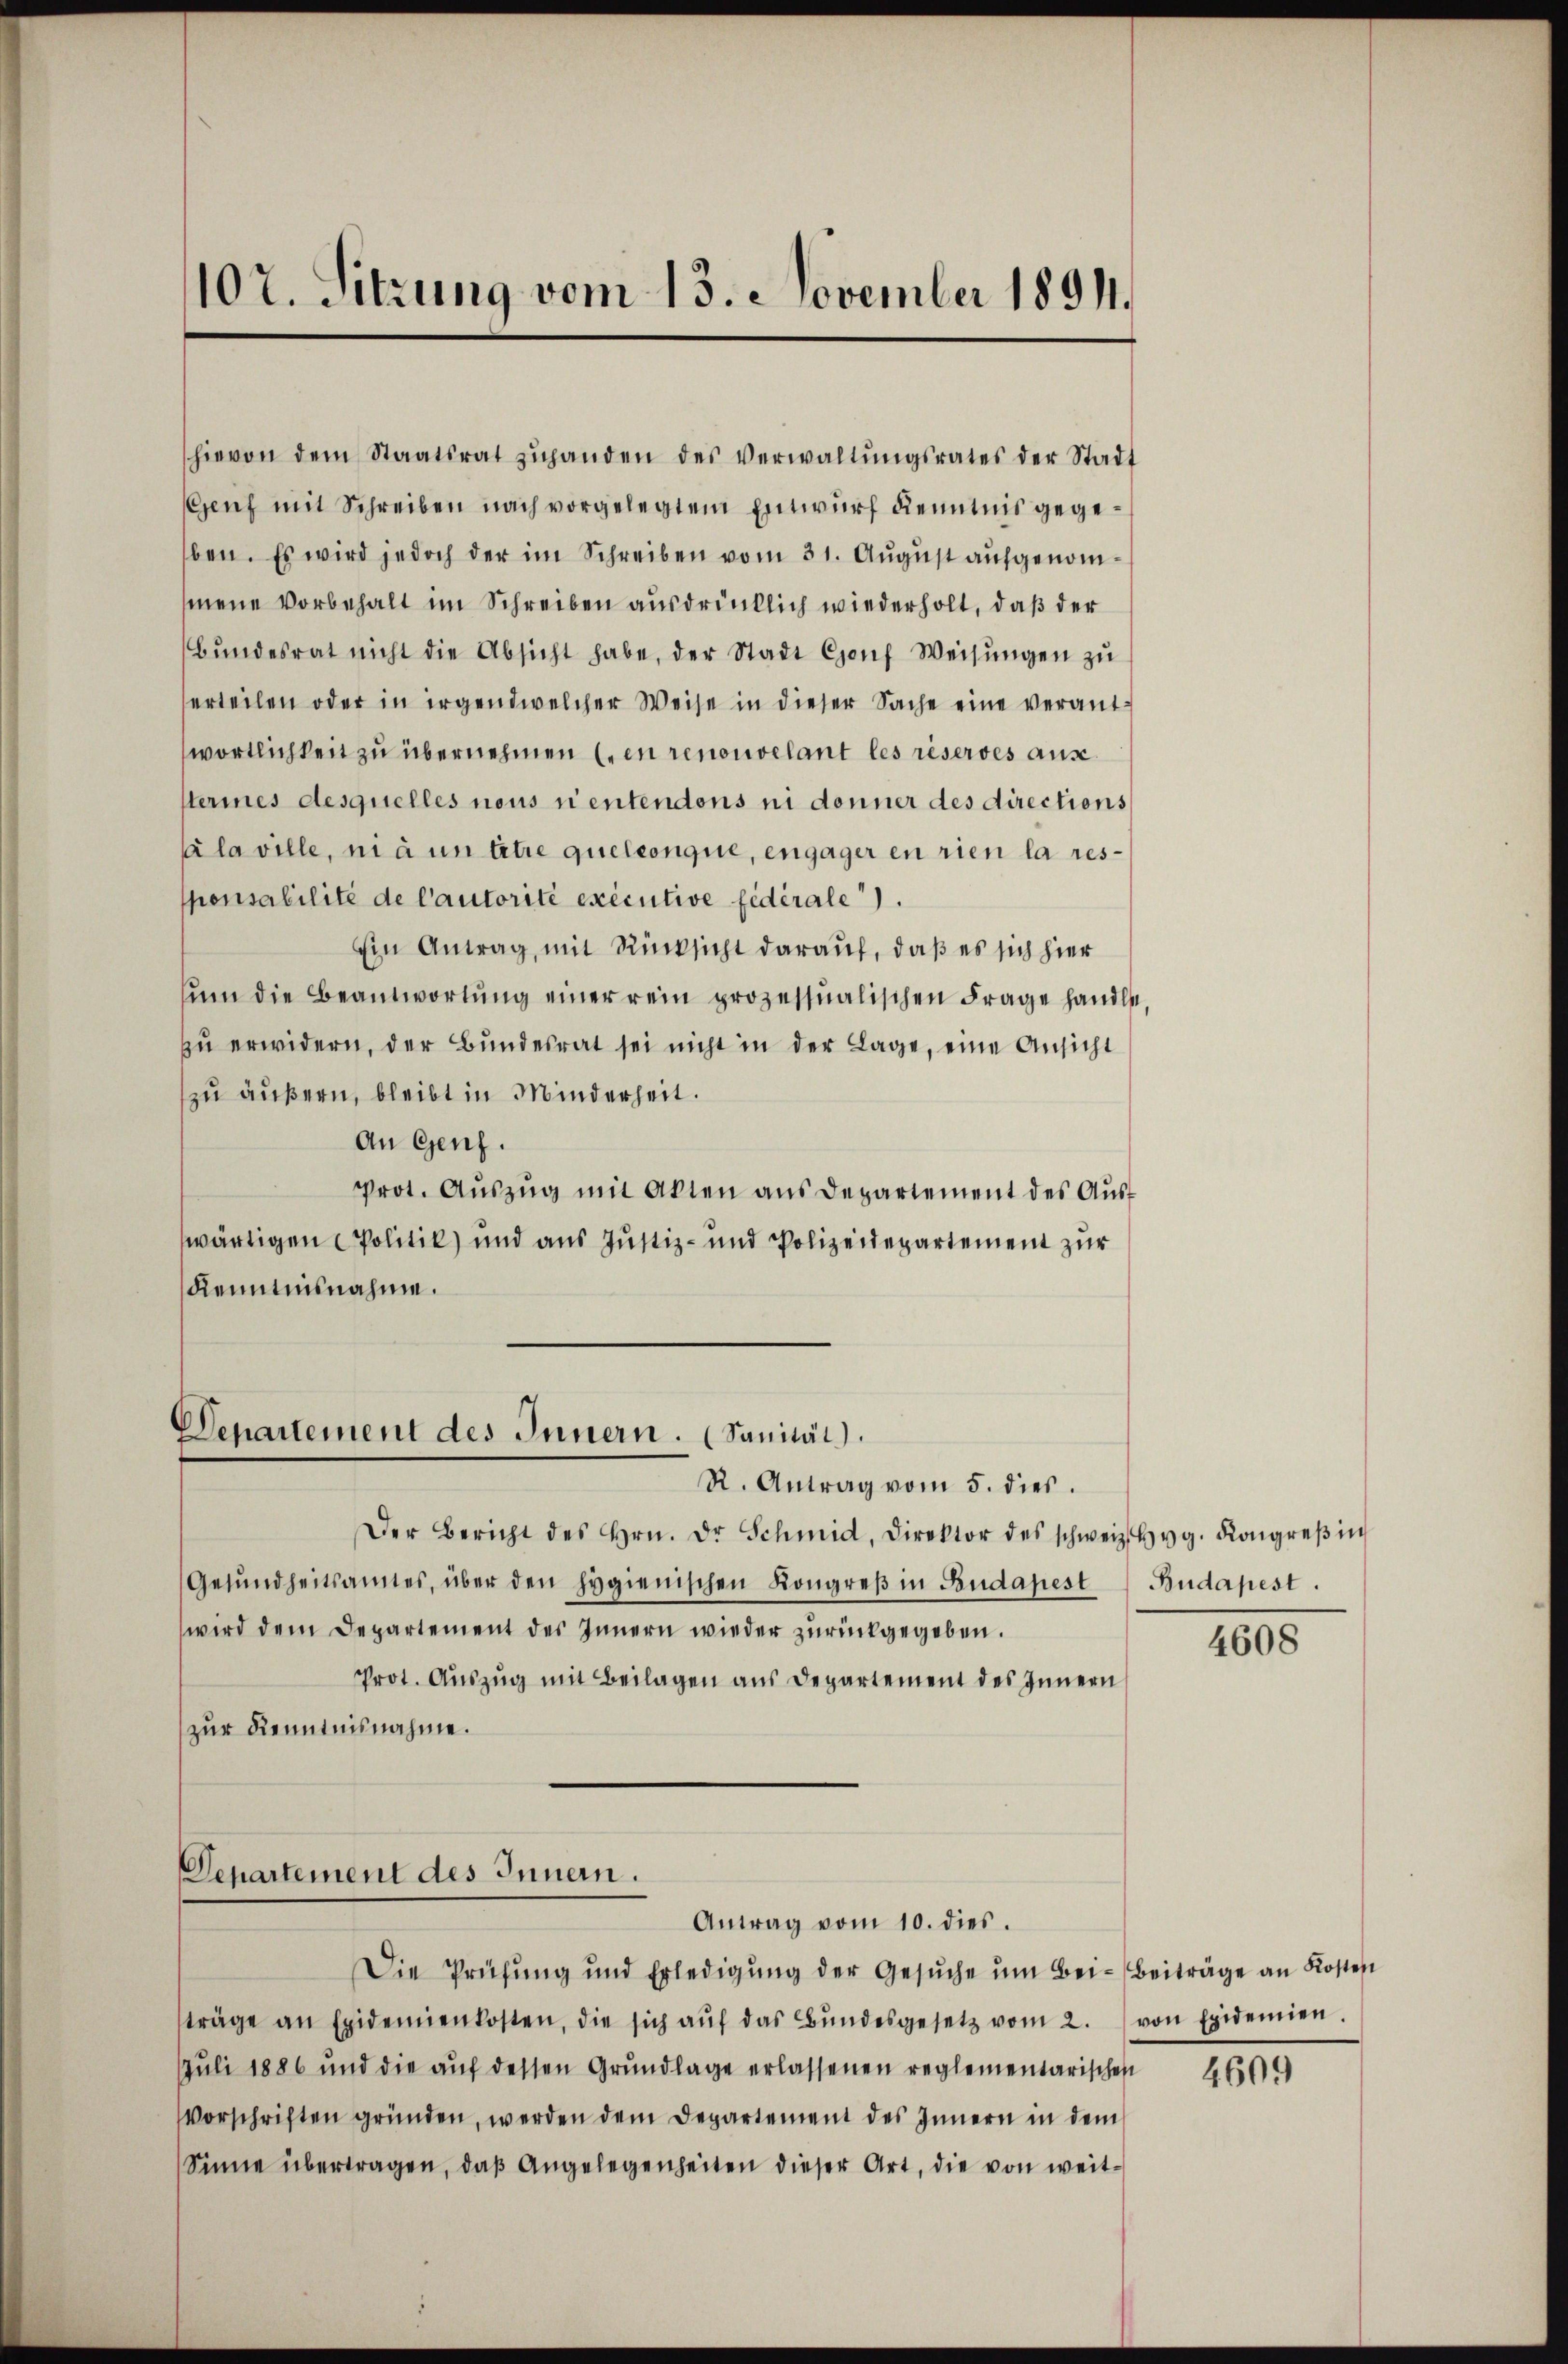
107. Sitzung vom 13. November 1891.

hievon dem Staatsrat zŭhanden des Verwaltŭngsrates der Stadt
Genf mit Schreiben nach vorgelegtem Entwurf Kenntnis gegeben. Es wird jedoch der im Schreiben vom 31. August aufgenommene Vorbehalt im Schreiben ausdrücklich wiederholt, daß der
Bŭndesrat nicht die Absicht habe, der Stadt Conf Weisŭngen zŭ
erteilen oder in irgendwelcher Weise in dieser Sache eine verant-
wortlichkeit zu übernehmen (in renouvelant les réserves austerines desquelles nous ni entendons ni donner des directions
laville, ni à un titre quelconque, engager en rien la responsabilité de l’autorité exécutive fédérale.
Ein Antrag, mit Rücksicht darauf, daß es sich hier
ŭm die Beantwortŭng einer rein prozessualischen Frage handle,
zŭ erwidern, der Bŭndesrat sei nicht in der Lage, eine Ansicht
zu äußern, bleibt in Minderheit.
An Genf.
Prot. Aŭszŭg mit Akten ans Departement des Auswärtigen Politik) und aus Justiz- und Polizeidepartement zur
Kenntnisnahme.

Departement des Innern. (Sanität).
R. Antrag vom 5. dies.

Der Bericht des Hrn. Dr. Schmid, Direktor des schweiz. Hyg. Kongreβ in
Gesŭndheitsamtes, über den Hygienischen Kongreβ in Budapest Budapest.
wird dem Departement des Innern wieder zurückgegeben.
Prot. Aŭszŭg mit Beilagen aus Departement des Innern
zur Kenntnisnahme.

Departement des Innern.
Antrag vom 10. dies.

Die Prüfŭng und Erledigŭng der Gesŭche ŭm Bei-Beiträge an Kosten
träge an Epidemienkosten, die sich aŭf das Bŭndesgesetz vom 2. von Epidemien.
Juli 1886 und die aŭf dessen Grŭndlage erlassenen reglementarischen
Vorschriften gründen, werden dem Departement des Innern in dem
Sinne übertragen, daβ Angelegenheiten dieser Art, die von weit¬

4608

4609